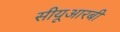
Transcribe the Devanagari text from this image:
सीयूआरबी